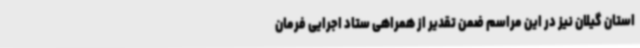
استان گیلان نیز در این مراسم ضمن تقدیر از همراهی ستاد اجرایی فرمان